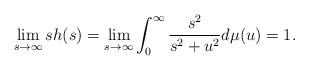
LaTeX: \begin{align*} \lim_{s\rightarrow \infty}sh(s)=\lim_{s\rightarrow\infty}\int_0^\infty \frac{s^2}{s^2+u^2}d\mu(u)=1. \end{align*}